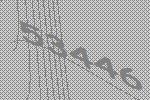
53446